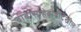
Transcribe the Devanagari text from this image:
बाबासाहेबांनीदेखील